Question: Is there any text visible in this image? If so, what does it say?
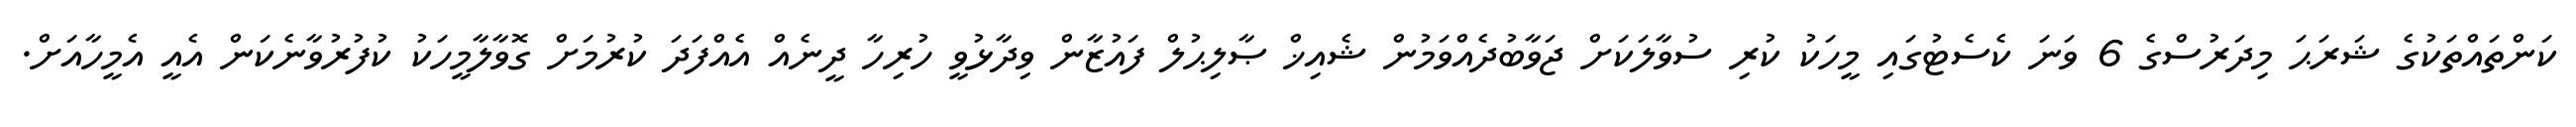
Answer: ކަންތައްތަކުގެ ޝަރަޙަ މިދަރުސްގެ 6 ވަނަ ކެސެޓުގައި މީހަކު ކުރި ސުވާލަކަށް ޖަވާބުދެއްވަމުން ޝެއިޚް ޞާލިޙުލް ފައުޒާން ވިދާޅުވީ ހުރިހާ ދީނެއް އެއްފަދަ ކުރުމަށް ގޮވާލާމީހަކު ކުފުރުވާނެކަން އެއީ އެމީހާއަށް.